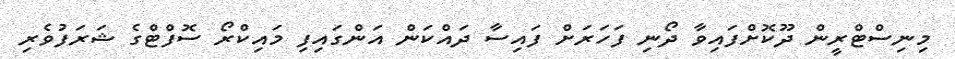
މިނިސްޓްރީން ދޫކޮށްފައިވާ ދޯނި ފަހަރަށް ފައިސާ ދައްކަން އަންގައިފި މައިކްރޯ ސޮފްޓްގެ ޝަރަފުވެރި